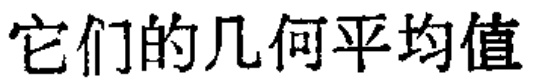
它们的几何平均值